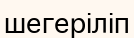
шегеріліп